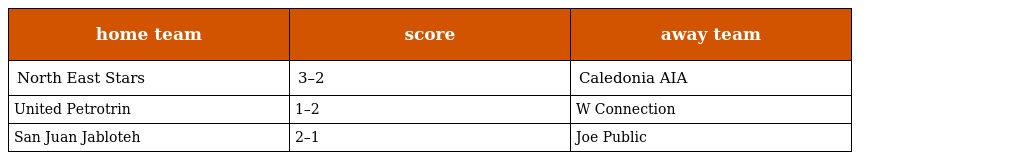
| home team | score | away team |
 | --- | --- | --- |
 | North East Stars | 3–2 | Caledonia AIA |
 | United Petrotrin | 1–2 | W Connection |
 | San Juan Jabloteh | 2–1 | Joe Public |